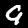
Digit: 9